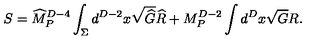
S = { \widehat M } _ { P } ^ { D - 4 } \int _ { \Sigma } d ^ { D - 2 } x \sqrt { { \widehat G } } { \widehat R } + { M } _ { P } ^ { D - 2 } \int d ^ { D } x \sqrt { { G } } { R } .